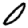
Digit: 0